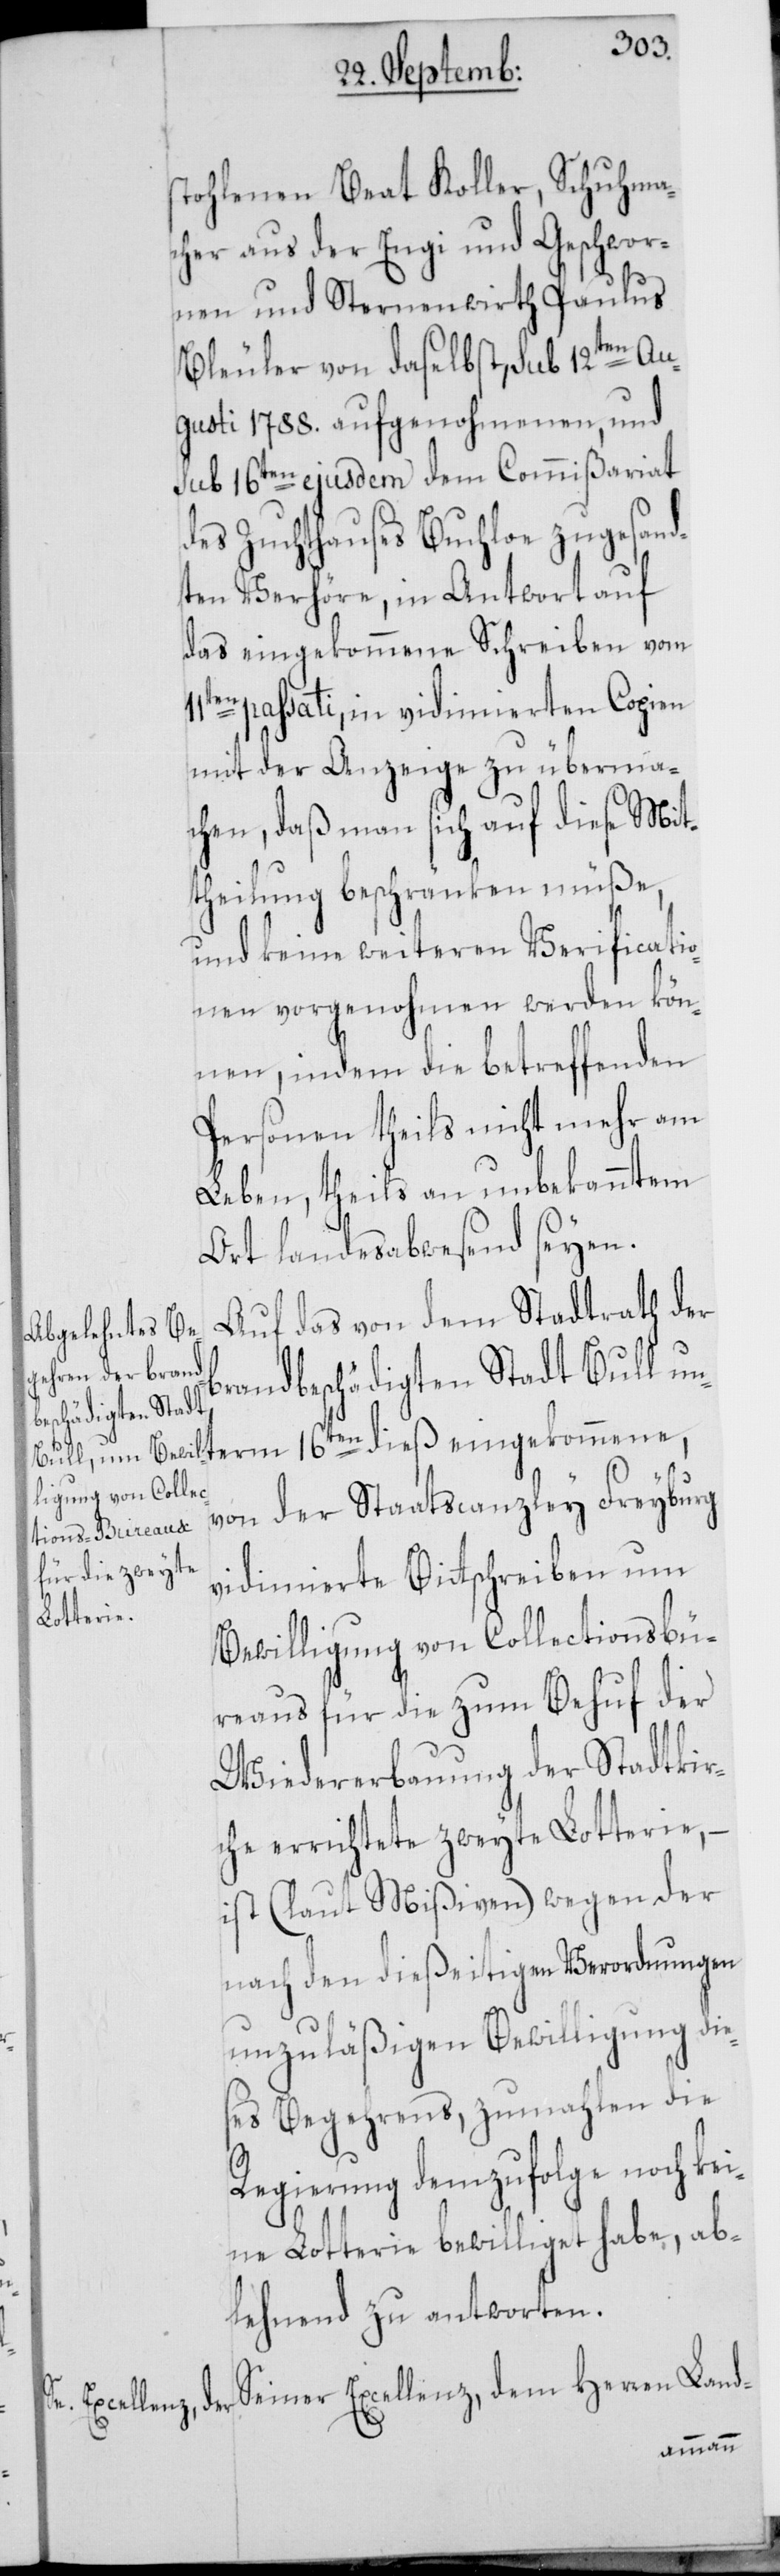
stohlenen Beat Koller, Schuhma¬
cher aus der Engi und Geschwor¬
nen und Sternenwirth Paulus
Bleuler von daselbst, sub 12ten Au¬
gusti 1788. aufgenohmenen, und
sub 16ten ejusdem dem Commißariat
des Zuchthauses Buchloe, zugesand¬
ten Verhöre, in Antwort auf
das eingekommene Schreiben vom
passati, in vidimierten Copien
mit der Anzeige zu überma¬
chen, daß man sich auf diese Mit¬
theilung beschränken müße,
und keine weiteren Verificatio¬
nen vorgenohmen werden kön¬
nen, indem die betreffenden
Personen theils nicht mehr am
Leben, theils an unbekanntem
Ort landesabwesend seyen.
Auf das von dem Stadtrath der
brandbeschädigten Stadt Bull un¬
von der Staatscanzley Freyburg
vidimierte Bittschreiben um
term
Bewilligung von Collectionsbü¬
reaus für die zum Behuf der
Wiedererbauung der Stadtkir¬
che errichtete zweyte Lotterie, –
ist (laut Mißiven) wegen der
nach den dießeitigen Verordnungen
unzuläßigen Bewilligung die¬
ses Begehrens, zumahlen die
Regierung demzufolge noch kei¬
ne Lotterie bewilliget habe, ab¬
lehnend zu antworten.